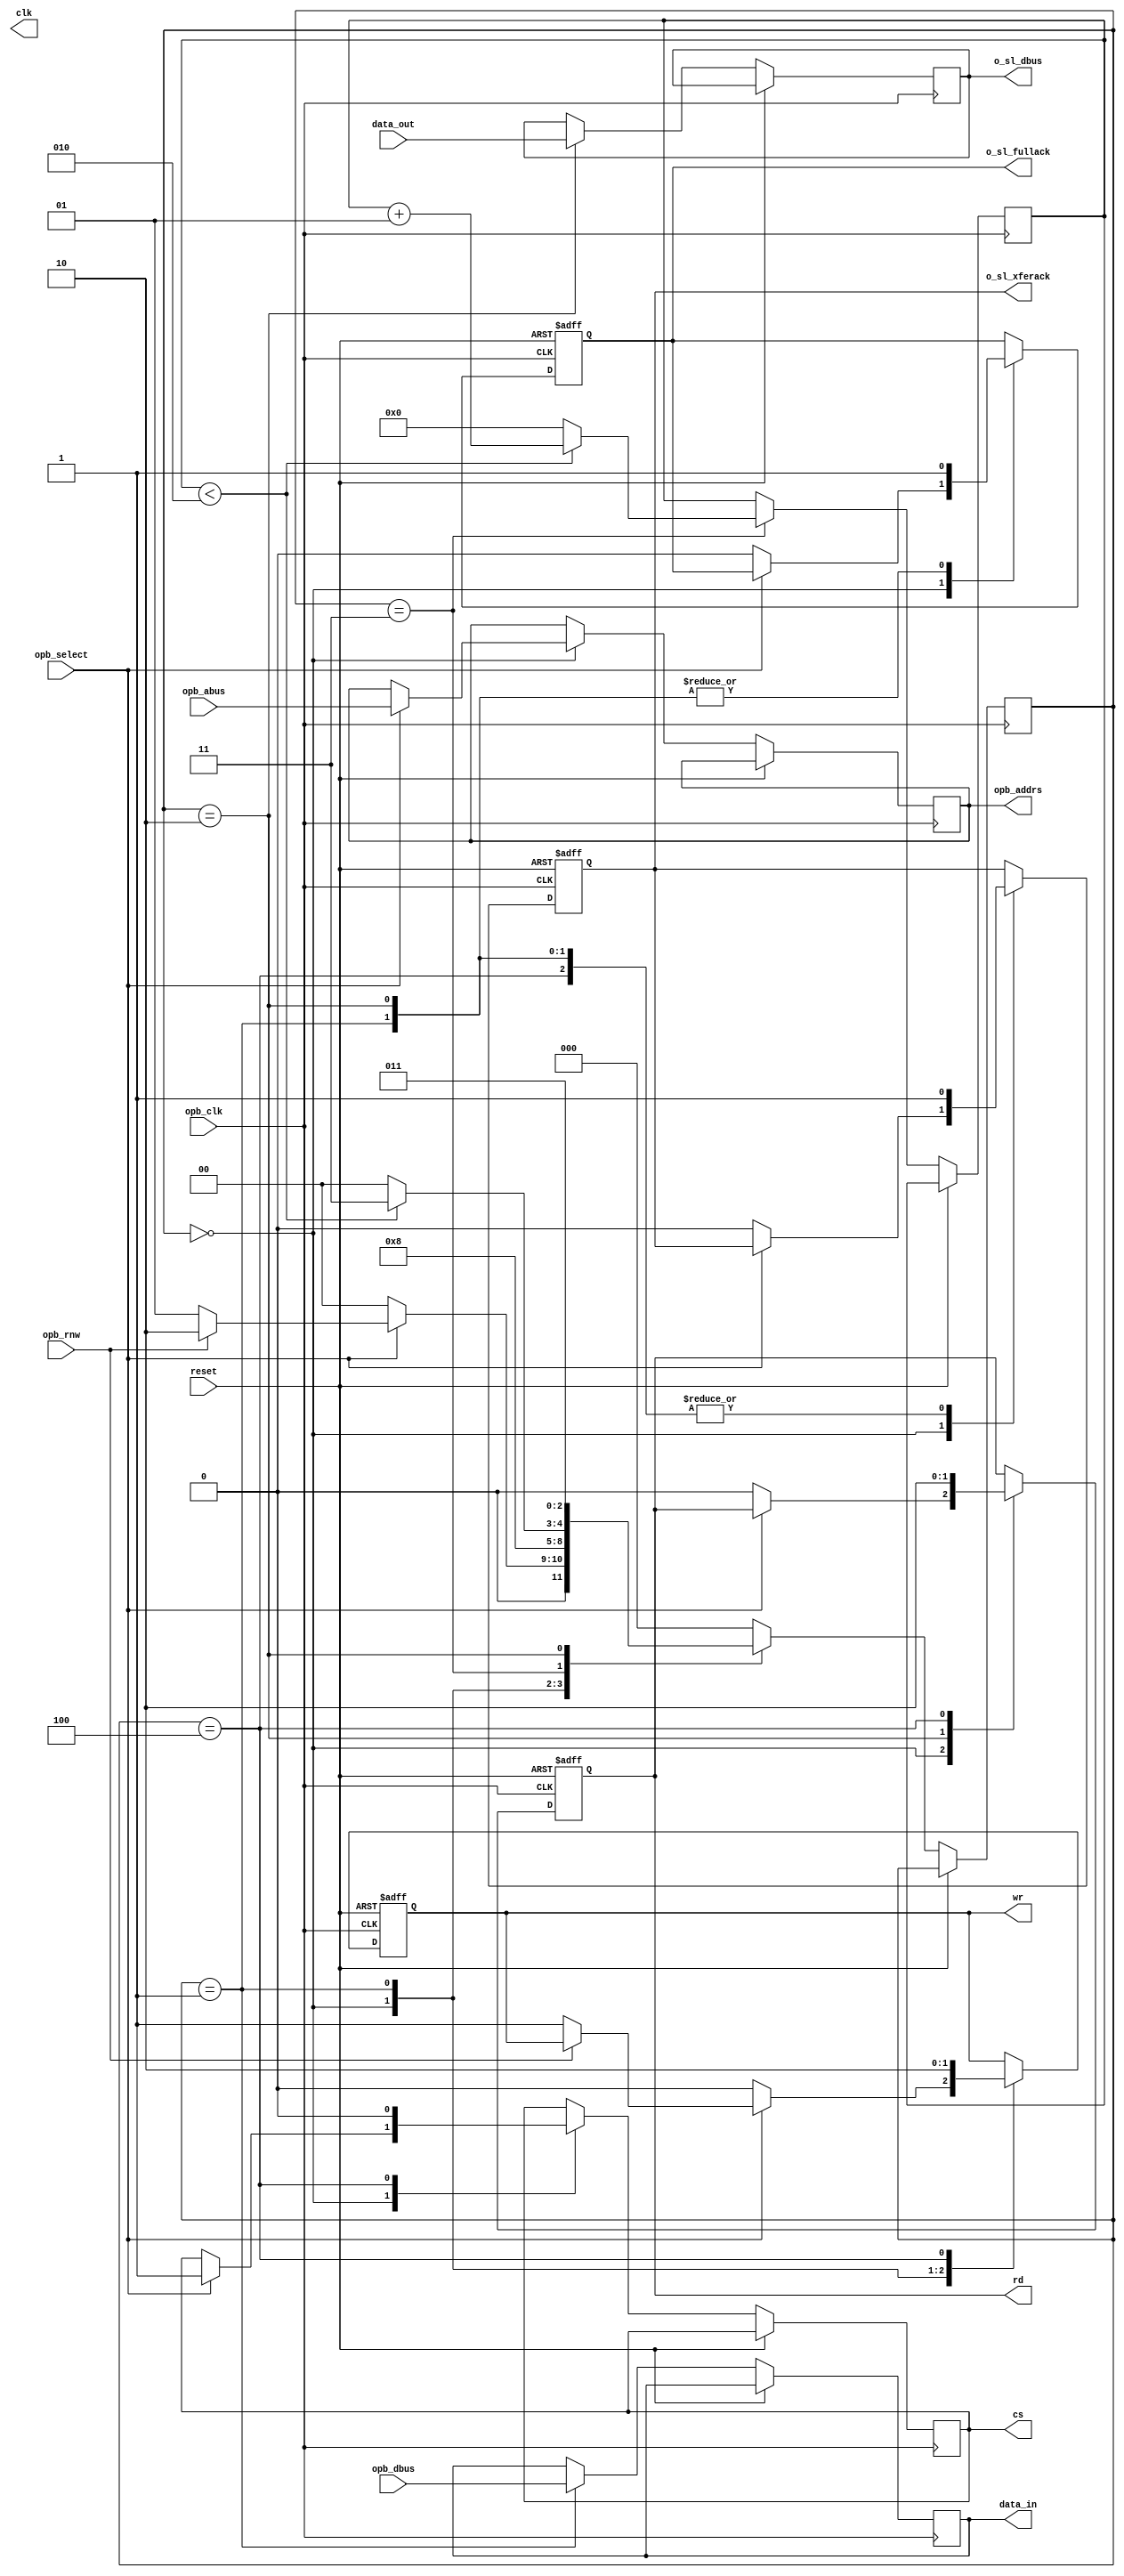
`timescale 1ns / 1ps
//////////////////////////////////////////////////////////////////////////////////
// Company: 
// Engineer: 
// 
// Design Name: 
// Module Name:    slavebusint 
// Project Name: 
// Target Devices: 
// Tool versions: 
// Description: 
//
// Dependencies: 
//
// Revision: 
// Revision 0.01 - File Created
// Additional Comments: 
//
//////////////////////////////////////////////////////////////////////////////////
module slavebusint(opb_dbus,reset,opb_abus,clk,opb_select,opb_rnw,o_sl_dbus,o_sl_xferack,o_sl_fullack,rd,wr,cs,opb_clk,opb_addrs,data_in,data_out);
    input [31:0] opb_dbus;
    input [15:0]opb_abus;
	 input [31:0]data_out;
	 input opb_clk,reset;
	 input opb_select;
    input opb_rnw;
    output [31:0] o_sl_dbus,data_in;
    output o_sl_xferack;
    output o_sl_fullack;
    output rd;
    output wr;
    output cs;
    output clk;
    output[15:0]  opb_addrs;
    reg o_sl_xferack,o_sl_fullack,rd,wr,cs,clk;
	 reg[15:0] opb_addrs;
	 reg [31:0] o_sl_dbus,data_in;
    reg[2:0] nst;
	 integer readcount;
	 parameter idle=3'b000,write=3'b001,read=3'b010,readwait=3'b011,done=3'b100;
	 always @(posedge opb_clk or posedge reset )
	  begin 
	  if (reset==1)
				 begin
				  rd<=0;
				  wr<=0;
				  o_sl_xferack<=1'b0;
				  o_sl_fullack<=1'b0;
				  //clk<=opb_clk;
				  end
			else
			//begin
			//clk<=opb_clk;
		case(nst)
		idle:begin				 
				 begin
				 if(opb_select==1)// && opb_abus >16'b0000000000000000 && opb_abus <15'b1111111111111111

              begin
               cs<=1;
               opb_addrs<=opb_abus;	
               if(opb_rnw==0)
                 begin
					  wr<=1;
					  nst<=write;
					  end 


					else
                 nst<=read;
               end 					  
	          else
              begin
				  wr<=0;
				  rd<=0;
				  o_sl_xferack<=1'b0;
              o_sl_fullack<=1'b0;
				  nst<=idle;
              end                
	          end				 
				end 				  
       write:begin
		       wr<=1;
				 data_in<=opb_dbus;
				 o_sl_xferack<=1;
				 o_sl_fullack<=1;
				 nst<=done;
				 end
		 readwait:begin
		           if (readcount<2)
		            begin
                   readcount<=readcount+1;
                   nst<=readwait;
                  end
                 else
                  begin 					  
                   readcount<=0;
					   nst<=idle;
                  end					 
                end   
		 read:begin
		       rd<=1;
				 o_sl_dbus<=data_out;
				 o_sl_xferack<=1;
				 o_sl_fullack<=1;
				 nst<=readwait;
				end 
		 done:begin
		       cs<=0;
				 wr<=0;
				 rd<=0;
				 o_sl_xferack<=1;
				 nst<=idle;
				end
       default:
		         nst<=idle;
               		 
	endcase
  //end
 end	
endmodule